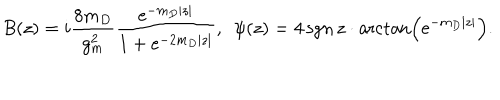
B ( z ) = i \frac { 8 m _ { D } } { g _ { m } ^ { 2 } } \frac { \mathrm { e } ^ { - m _ { D } | z | } } { 1 + \mathrm { e } ^ { - 2 m _ { D } | z | } } , ~ ~ \psi ( z ) = 4 { \, } \mathrm { s g n } { \, } z \cdot \operatorname { a r c t a n } \left( \mathrm { e } ^ { - m _ { D } | z | } \right) .